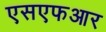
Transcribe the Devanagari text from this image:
एसएफआर